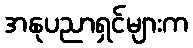
အနုပညာရှင်များက